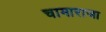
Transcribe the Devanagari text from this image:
चामाराजा